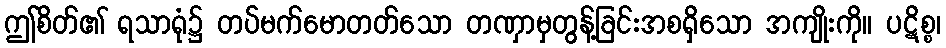
ဤစိတ်၏ ရသာရုံ၌ တပ်မက်မောတတ်သော တဏှာမှတွန့်ခြင်းအစရှိသော အကျိုးကို။ ပဋိစ္စ၊